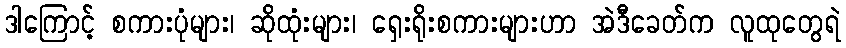
ဒါကြောင့် စကားပုံများ၊ ဆိုထုံးများ၊ ရှေးရိုးစကားများဟာ အဲဒီခေတ်က လူထုတွေရဲ